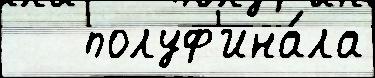
   полуф'ина́ла